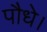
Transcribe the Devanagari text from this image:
पौधे।